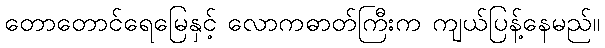
တောတောင်ရေမြေနှင့် လောကဓာတ်ကြီးက ကျယ်ပြန့်နေမည်။